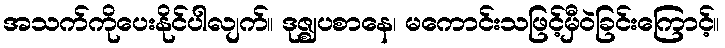
အသက်ကိုပေးနိုင်ပါလျက်။ ဒုဇ္ဈပစာနေ၊ မကောင်းသဖြင့်မှီဝဲခြင်းကြောင့်။